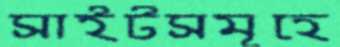
সাইটসমূহে